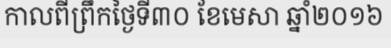
កាលពីព្រឹកថ្ងៃទី៣០ ខែមេសា ឆ្នាំ២០១៦